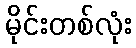
မိုင်းတစ်လုံး